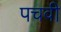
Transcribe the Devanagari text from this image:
पचवी